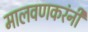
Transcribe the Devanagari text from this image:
मालवणकरंनी